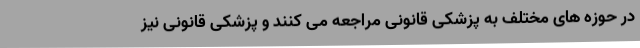
در حوزه های مختلف به پزشکی قانونی مراجعه می کنند و پزشکی قانونی نیز